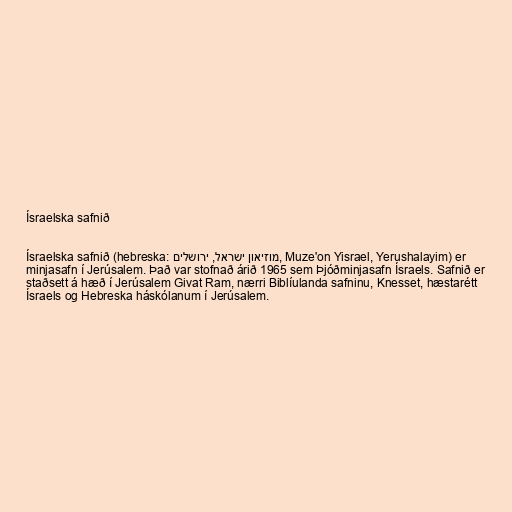
Ísraelska safnið

Ísraelska safnið (hebreska: מוזיאון ישראל, ירושלים, Muze'on Yisrael, Yerushalayim) er
minjasafn í Jerúsalem. Það var stofnað árið 1965 sem Þjóðminjasafn Ísraels. Safnið er
staðsett á hæð í Jerúsalem Givat Ram, nærri Biblíulanda safninu, Knesset, hæstarétt
Ísraels og Hebreska háskólanum í Jerúsalem.